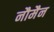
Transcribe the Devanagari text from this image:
नौमैन